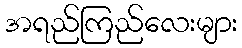
အရည်ကြည်လေးများ